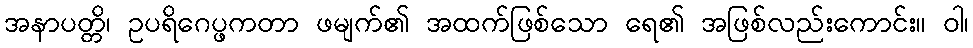
အနာပတ္တိ၊ ဥပရိဂေပ္ဖကတာ ဖမျက်၏ အထက်ဖြစ်သော ရေ၏ အဖြစ်လည်းကောင်း။ ဝါ၊